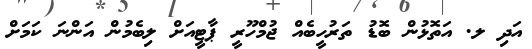
އަދި ލ. އަތޮޅުން ބޮޑު ތަރުހީބެއް ޖުމްހޫރީ ޕާޓީއަށް ލިބެމުން އަންނަ ކަމަށް